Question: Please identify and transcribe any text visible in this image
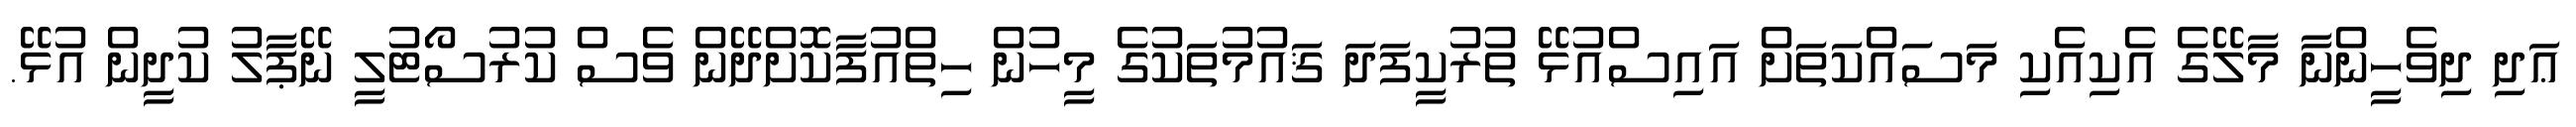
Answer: ޢަދި ދިވެހީންނާ މާލޭގެ އެކިއެކި މަސައްކަތަށް އައިސްއުޅޭ ތުރުކީފަދަ ޤައުމުތަކުގެ މީހުން ހިތްއުފާކޮށްދޭން ވެސް ކުރުސޯޓުލީ ނޭޕާލު ކުދީން އުޅޭ.